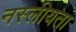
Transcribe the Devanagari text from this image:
नस्लीयता